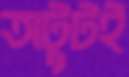
অটুটই